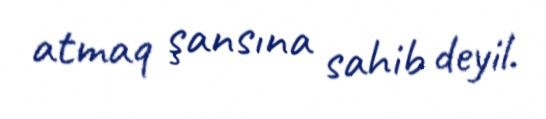
atmaq şansına sahib deyil.